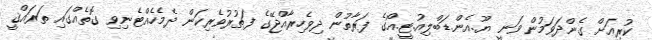
ކުރިއަށް ގެންދަވަމުން ވަނީ ޔޫ.އެން.ޑަބްލިއު.ޓީ.އޯގެ ފަރާތުން ދިވެހިރާއްޖޭގެ ފަތުރުވެރިކަން ދެމެހެއްޓެނިވި ގޮތެއްގައި ތަރައްޤީ